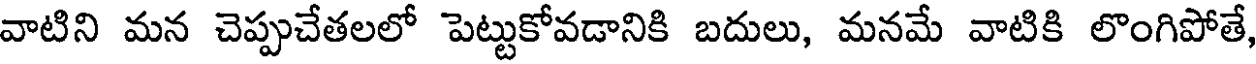
వాటిని మన చెప్పుచేతలలో పెట్టుకోవడానికి బదులు, మనమే వాటికి లొంగిపోతే,